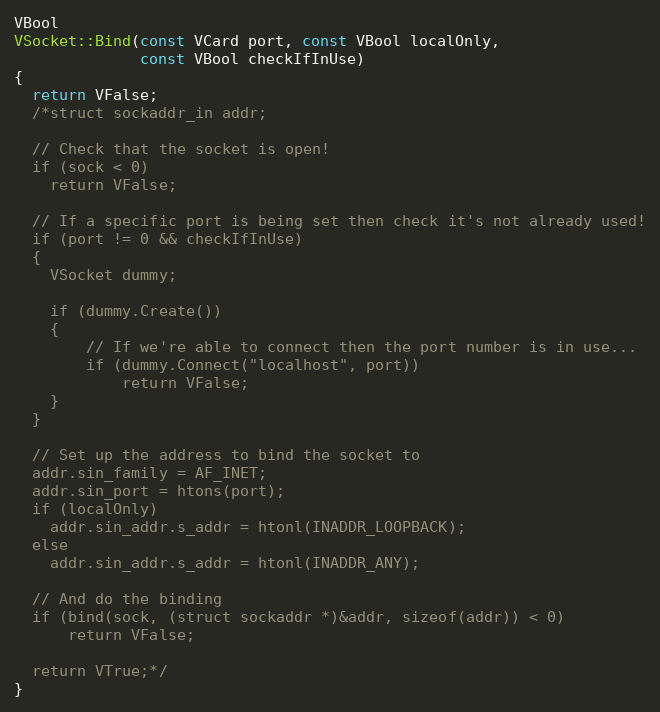
Language: C++
VBool
VSocket::Bind(const VCard port, const VBool localOnly,
			  const VBool checkIfInUse)
{
  return VFalse;
  /*struct sockaddr_in addr;

  // Check that the socket is open!
  if (sock < 0)
    return VFalse;

  // If a specific port is being set then check it's not already used!
  if (port != 0 && checkIfInUse)
  {
	VSocket dummy;

	if (dummy.Create())
	{
		// If we're able to connect then the port number is in use...
		if (dummy.Connect("localhost", port))
			return VFalse;
	}
  }

  // Set up the address to bind the socket to
  addr.sin_family = AF_INET;
  addr.sin_port = htons(port);
  if (localOnly)
	addr.sin_addr.s_addr = htonl(INADDR_LOOPBACK);
  else
	addr.sin_addr.s_addr = htonl(INADDR_ANY);

  // And do the binding
  if (bind(sock, (struct sockaddr *)&addr, sizeof(addr)) < 0)
      return VFalse;

  return VTrue;*/
}